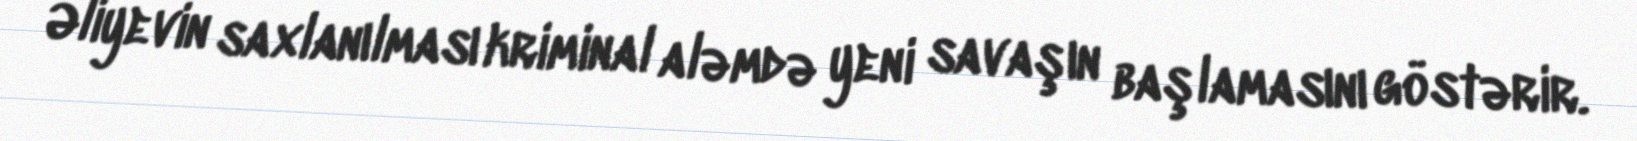
Əliyevin saxlanılması kriminal aləmdə yeni savaşın başlamasını göstərir.